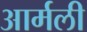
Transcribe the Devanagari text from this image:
आर्मली